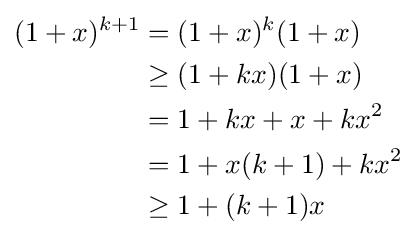
{\begin{aligned}(1+x)^{k+1}&=(1+x)^{k}(1+x)\\&\geq (1+kx)(1+x)\\&=1+kx+x+kx^{2}\\&=1+x(k+1)+kx^{2}\\&\geq 1+(k+1)x\end{aligned}}